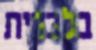
בלבדית